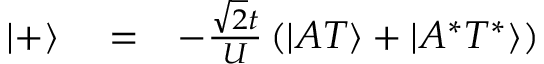
\begin{array} { r l r } { | + \rangle } & { { } = } & { - \frac { \sqrt { 2 } t } { U } \left( | A T \rangle + | A ^ { * } T ^ { * } \rangle \right) } \end{array}